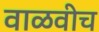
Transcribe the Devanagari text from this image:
वाळवीच